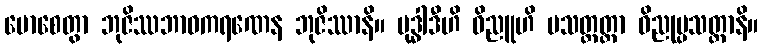
မောစေတွာ ဘုဇိဿဘာဝကရဏေန ဘုဇိဿာနိ။ ဗုဒ္ဓါဒီဟိ ဝိညူဟိ ပသတ္ထတ္တာ ဝိညုပ္ပသတ္ထာနိ။